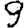
Digit: 9